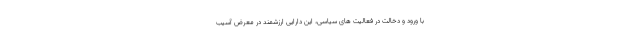
با ورود و دخالت در فعالیت های سیاسی، این دارایی ارزشمند در معرض آسیب